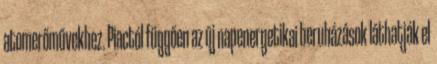
atomerőművekhez. Piactól függően az új napenergetikai beruházások láthatják el